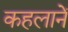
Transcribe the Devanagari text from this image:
कहलानें